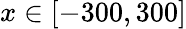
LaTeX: x\in[-300,300]